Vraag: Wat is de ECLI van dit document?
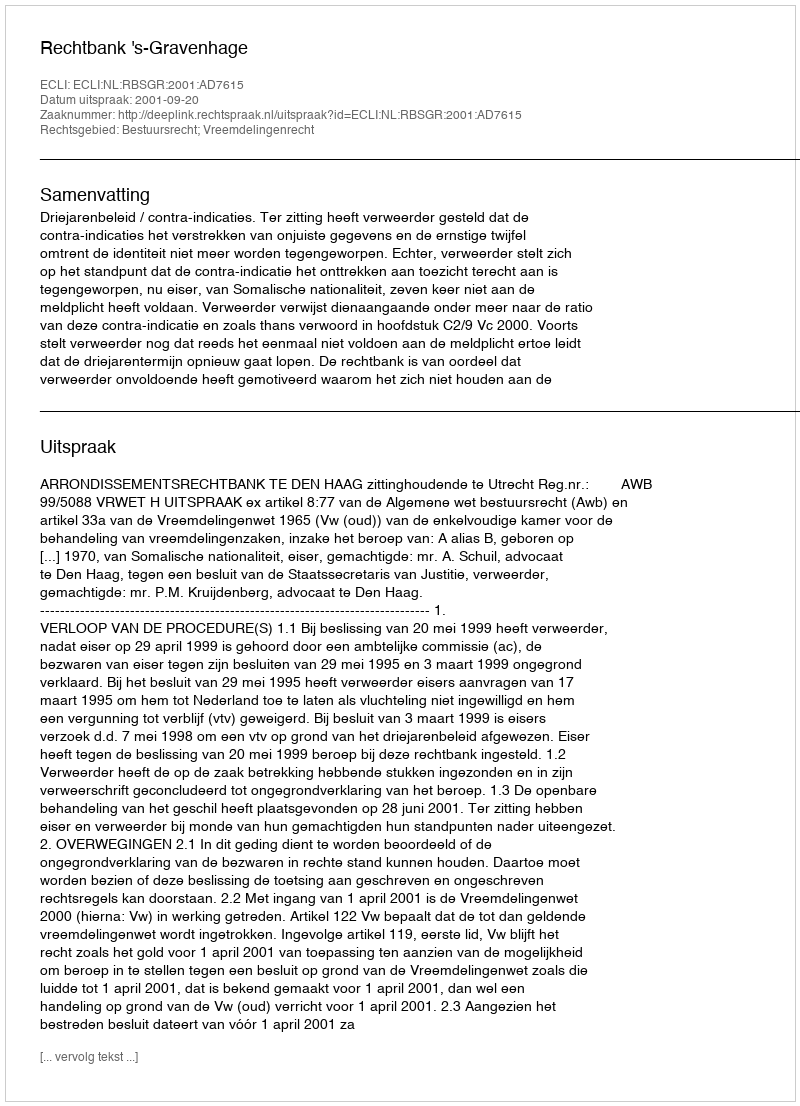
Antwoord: ECLI:NL:RBSGR:2001:AD7615